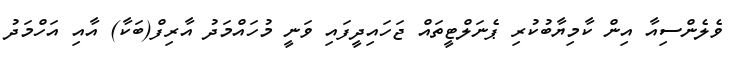
ވެލެންސިއާ އިން ކާމިޔާބުކުރި ޕެނަލްޓީތައް ޖަހައިދީފައި ވަނީ މުހައްމަދު އާރިފް(ބަކާ) އާއި އަހްމަދު